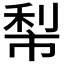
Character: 𥞿